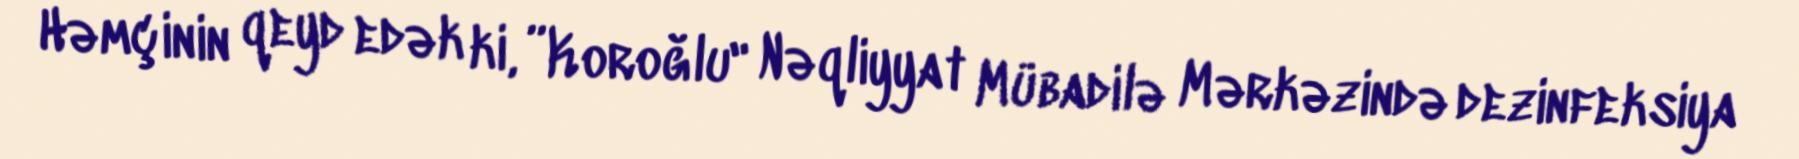
Həmçinin qeyd edək ki, ”Koroğlu" Nəqliyyat Mübadilə Mərkəzində dezinfeksiya